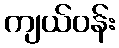
ကျယ်ဝန်း